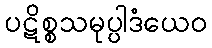
ပဋိစ္စသမုပ္ပါဒံယေဝ